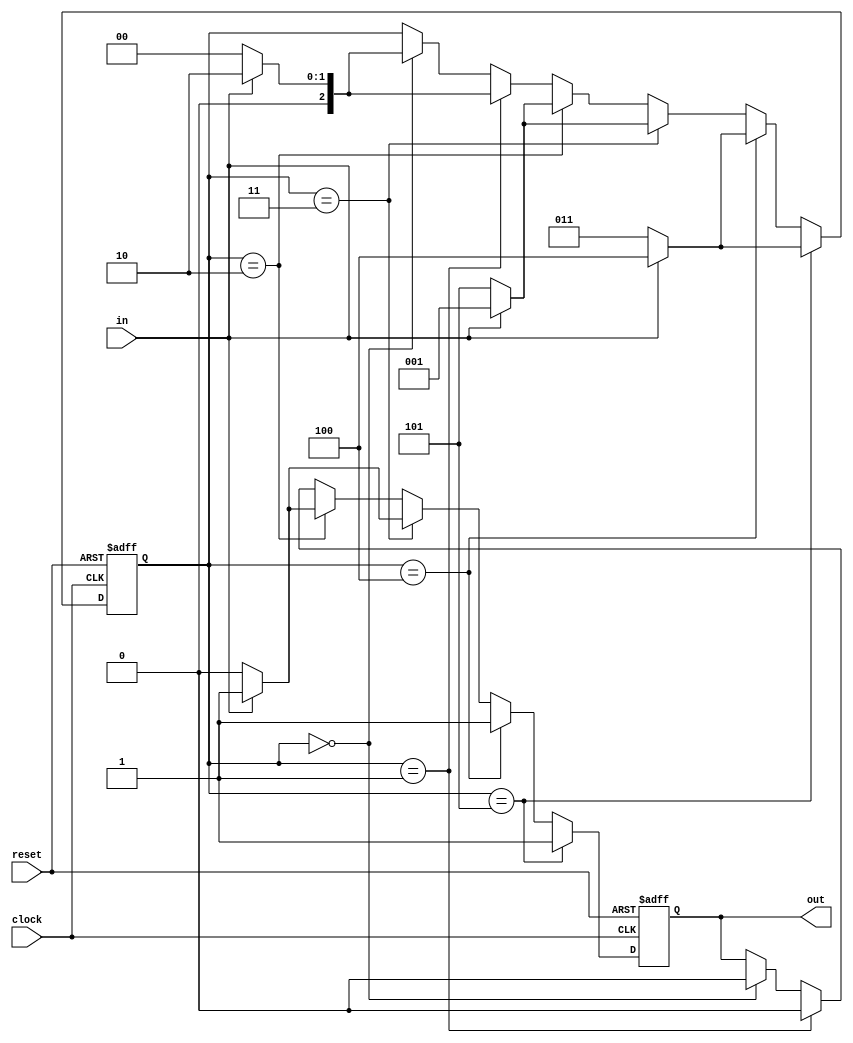
module my_fsm (
clock ,
reset ,
in ,
out
);
input clock, reset, in;
output out;
wire clock, reset, in;
reg out;

reg [2:0] state = 0, nextstate = 0;

always@(posedge clock or posedge reset) begin
state=nextstate;
if (reset == 1) begin
out=0;
state=0;
nextstate=0;
end

else begin

if(state==0) begin
if(in==0) begin
nextstate=0;
out=0;
end
else begin
nextstate=2;
out=0;
end
end

if(state==1) begin
if(in==0) begin
nextstate=0;
out=0;
end
else begin
nextstate=2;
out=0;
end
end

if(state==2) begin
if(in==0) begin
nextstate=5;
out=0;
end
else begin
nextstate=1;
out=1;
end
end

if(state==3) begin
if(in==0) begin
nextstate=5;
out=0;
end
else begin
nextstate=1;
out=1;
end

end

if(state==4) begin
if(in==0) begin
nextstate=3;
out=1;
end
else begin
nextstate=4;
out=1;
end

end

if(state==5) begin
if(in==0) begin
nextstate=3;
out=1;
end
else begin
nextstate=4;
out=1;
end

end

end

end

endmodule